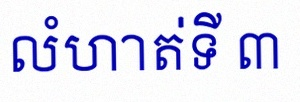
លំហាត់ទី ៣